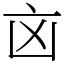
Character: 㐫